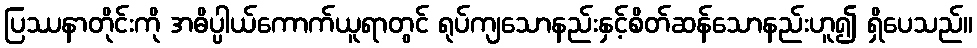
ပြဿနာတိုင်းကို အဓိပ္ပါယ်ကောက်ယူရာတွင် ရုပ်ကျသောနည်းနှင့်စိတ်ဆန်သောနည်းဟူ၍ ရှိပေသည်။